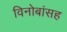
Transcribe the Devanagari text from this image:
विनोबांसह